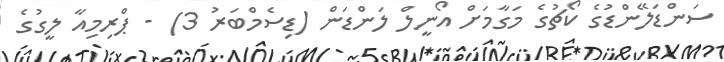
ސަންޑަލޭންޑުގެ ކޯޗުގެ މަގާމަށް އޯނީލް ލަންޑަން (ޑިސެމްބަރު 3) - ޕްރިމިއާ ލީގުގެ